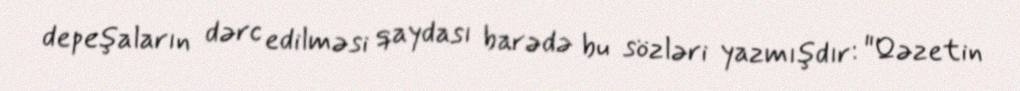
depeşaların dərc edilməsi qaydası barədə bu sözləri yazmışdır: "Qəzetin